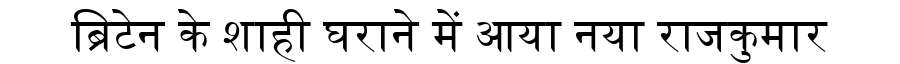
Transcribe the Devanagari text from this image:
ब्रिटेन के शाही घराने में आया नया राजकुमार